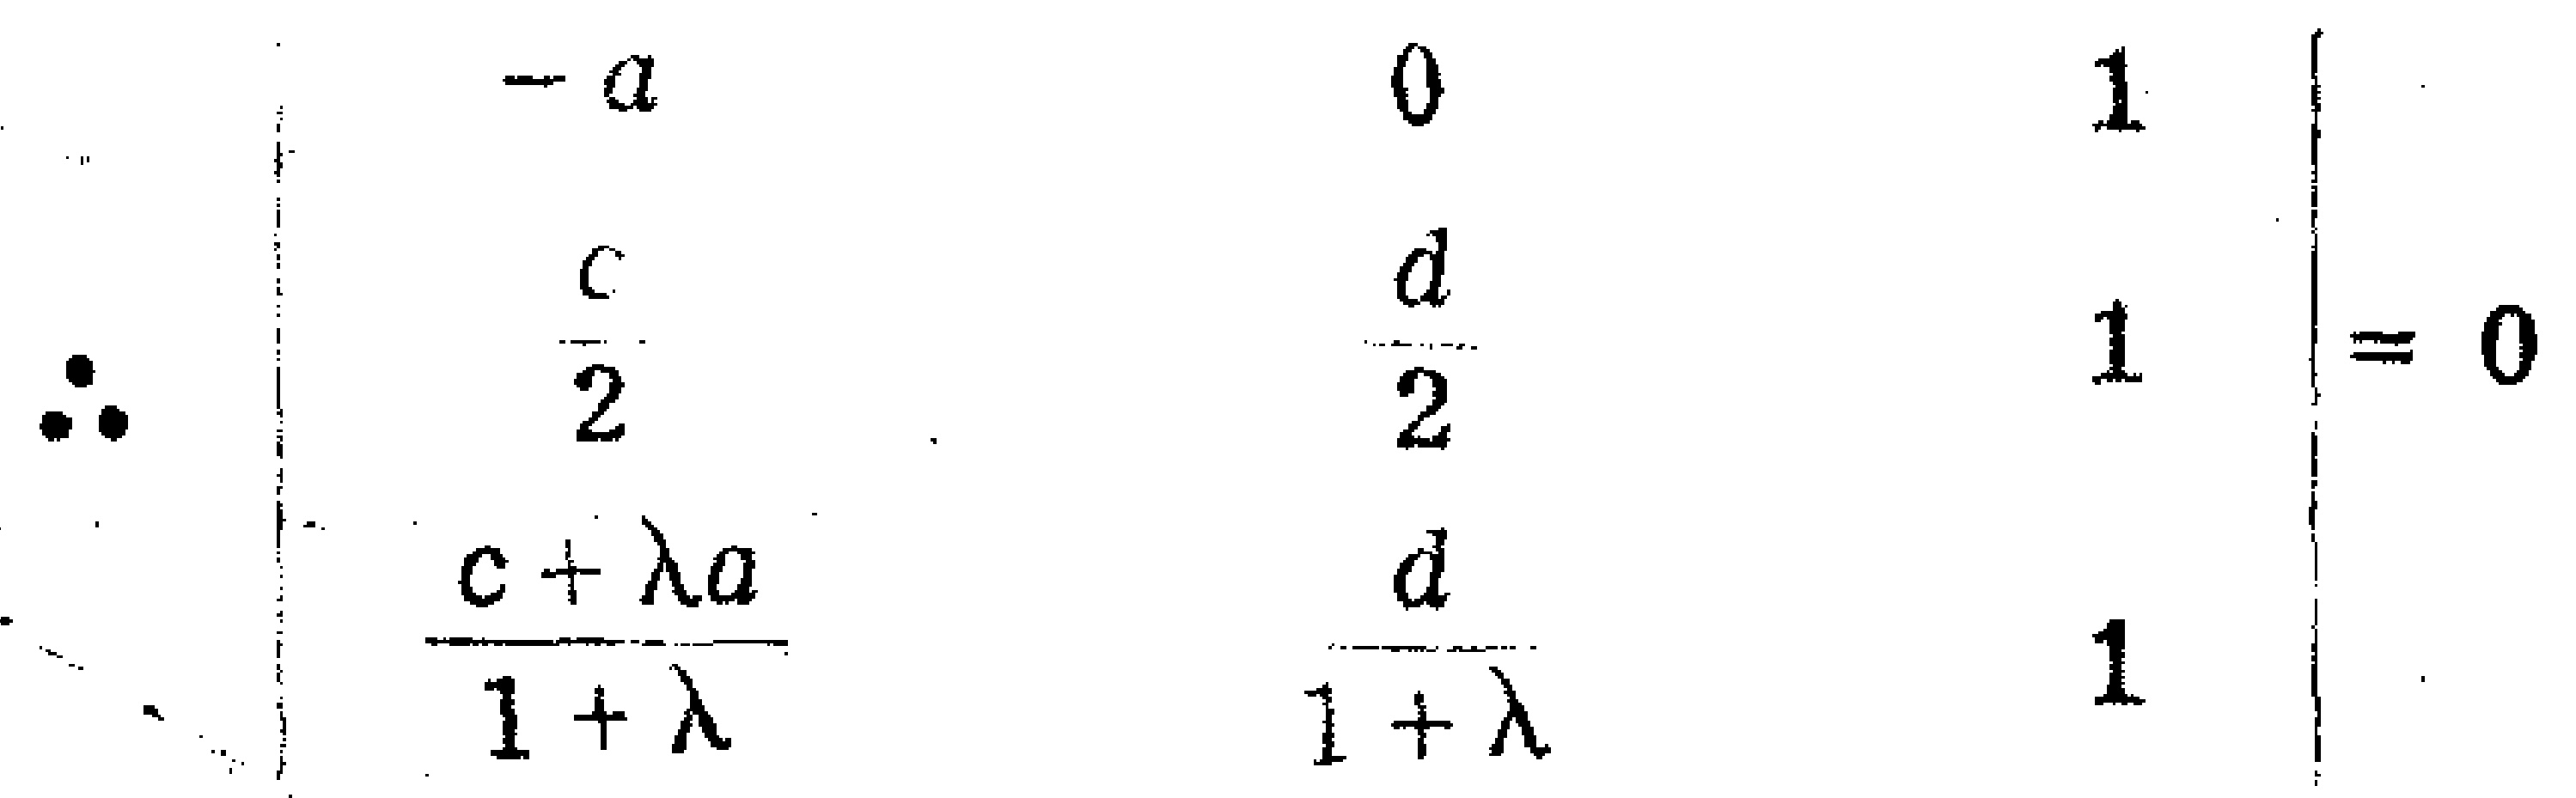
\[\therefore \begin{vmatrix}

 - a & 0 & 1 \\

 \frac{c}{2} & \frac{d}{2} & 1 \\

 \frac{c+\lambda a}{1 + \lambda} & \frac{d}{1+\lambda} & 1

\end{vmatrix}=0\]